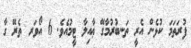
ފުރަތަމަ ކުޅެން އެރީ ތަނބުރުމާގޭ ޢާއިލާ ޓީމުއެވެ. 6 އޯވަރ ތެރޭ ގާ